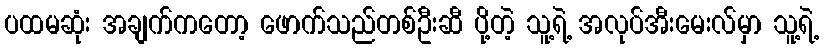
ပထမဆုံး အချက်ကတော့ ဖောက်သည်တစ်ဦးဆီ ပို့တဲ့ သူ့ရဲ့ အလုပ်အီးမေးလ်မှာ သူ့ရဲ့